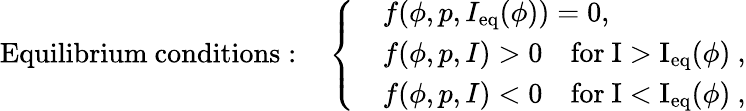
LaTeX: \mathrm{Equilibrium~conditions:}\quad\left\{ \begin{array}{rl}&{f(\phi,p,I_{\mathrm{eq}}(\phi))=0,}\\ &{f(\phi,p,I)>0\quad\mathrm{for~I>I_{\mathrm{eq}}(\phi)~},}\\ &{f(\phi,p,I)<0\quad\mathrm{for~I<I_{\mathrm{eq}}(\phi)~},}\end{array}\right.